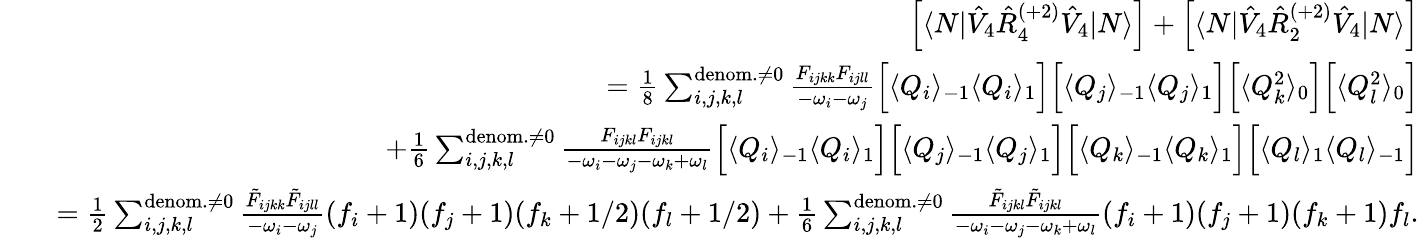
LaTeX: \begin{array}{rlr}&{}&{\left[\langle N|\hat{V}_{4}\hat{R}_{4}^{(+2)}\hat{V}_{4}|N\rangle\right]+\left[\langle N|\hat{V}_{4}\hat{R}_{2}^{(+2)}\hat{V}_{4}|N\rangle\right]}\\ &{}&{=\frac{1}{8}\sum_{i,j,k,l}^{{\mathrm{denom.}\neq 0}}\frac{F_{ijkk}F_{ijll}}{-\omega_{i}-\omega_{j}}\Big[\langle Q_{i}\rangle_{-1}\langle Q_{i}\rangle_{1}\Big]\Big[\langle Q_{j}\rangle_{-1}\langle Q_{j}\rangle_{1}\Big]\Big[\langle Q_{k}^{2}\rangle_{0}\Big]\Big[\langle Q_{l}^{2}\rangle_{0}\Big]}\\ &{}&{+\frac{1}{6}\sum_{i,j,k,l}^{{\mathrm{denom.}\neq 0}}\frac{F_{ijkl}F_{ijkl}}{-\omega_{i}-\omega_{j}-\omega_{k}+\omega_{l}}\Big[\langle Q_{i}\rangle_{-1}\langle Q_{i}\rangle_{1}\Big]\Big[\langle Q_{j}\rangle_{-1}\langle Q_{j}\rangle_{1}\Big]\Big[\langle Q_{k}\rangle_{-1}\langle Q_{k}\rangle_{1}\Big]\Big[\langle Q_{l}\rangle_{1}\langle Q_{l}\rangle_{-1}\Big]}\\ &{}&{=\frac{1}{2}\sum_{i,j,k,l}^{\mathrm{denom.}\neq 0}\frac{\tilde{F}_{ijkk}\tilde{F}_{ijll}}{-\omega_{i}-\omega_{j}}{(f_{i}+1)}{(f_{j}+1)}{(f_{k}+1/2)}{(f_{l}+1/2)}+\frac{1}{6}\sum_{i,j,k,l}^{\mathrm{denom.}\neq 0}\frac{\tilde{F}_{ijkl}\tilde{F}_{ijkl}}{-\omega_{i}-\omega_{j}-\omega_{k}+\omega_{l}}{(f_{i}+1)}{(f_{j}+1)}{(f_{k}+1)}f_{l}.}\end{array}